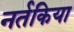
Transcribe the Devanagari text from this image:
नर्तकिया